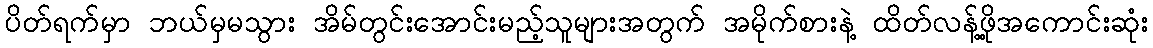
ပိတ်ရက်မှာ ဘယ်မှမသွား အိမ်တွင်းအောင်းမည့်သူများအတွက် အမိုက်စားနဲ့ ထိတ်လန့်ဖို့အကောင်းဆုံး